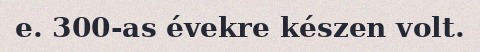
e. 300-as évekre készen volt.